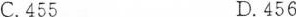
C.455 D.456